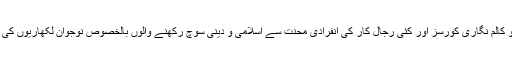
ان کے زیراہتمام ورکشاپس، صحافت و کالم نگاری کورسز اور کئی رجال کار کی انفرادی محنت سے اسلامی و دینی سوچ رکھنے والوں بالخصوص نوجوان لکھاریوں کی ایک بڑی کھیپ وجود میں آ چکی ہے۔